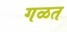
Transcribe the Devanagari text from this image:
गळत